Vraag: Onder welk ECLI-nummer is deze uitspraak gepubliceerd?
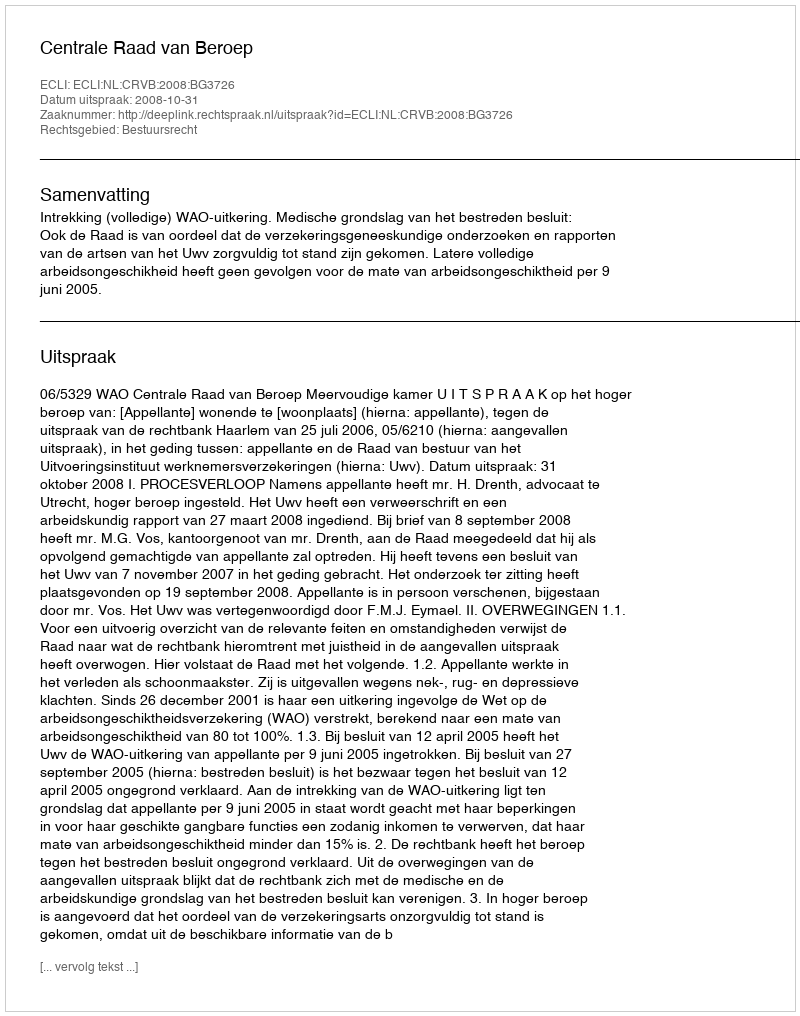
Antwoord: ECLI:NL:CRVB:2008:BG3726